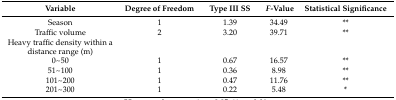
<table><thead><tr><td><b>Variable</b></td><td><b>Degree of Freedom</b></td><td><b>Type III SS</b></td><td><b><i>F</i>-Value</b></td><td><b>Statistical Significance</b></td></tr></thead><tbody><tr><td>Season</td><td>1</td><td>1.39</td><td>34.49</td><td>**</td></tr><tr><td>Traffic volume</td><td>2</td><td>3.20</td><td>39.71</td><td>**</td></tr><tr><td>Heavy traffic density within a distance range (m) </td><td></td><td></td><td></td><td></td></tr><tr><td>0~50</td><td>1</td><td>0.67</td><td>16.57</td><td>**</td></tr><tr><td>51~100</td><td>1</td><td>0.36</td><td>8.98</td><td>**</td></tr><tr><td>101~200</td><td>1</td><td>0.47</td><td>11.76</td><td>**</td></tr><tr><td>201~300</td><td>1</td><td>0.22</td><td>5.48</td><td>*</td></tr></tbody></table>